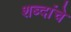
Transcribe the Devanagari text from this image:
शब्दांंचे